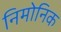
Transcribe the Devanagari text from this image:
निमोनिक